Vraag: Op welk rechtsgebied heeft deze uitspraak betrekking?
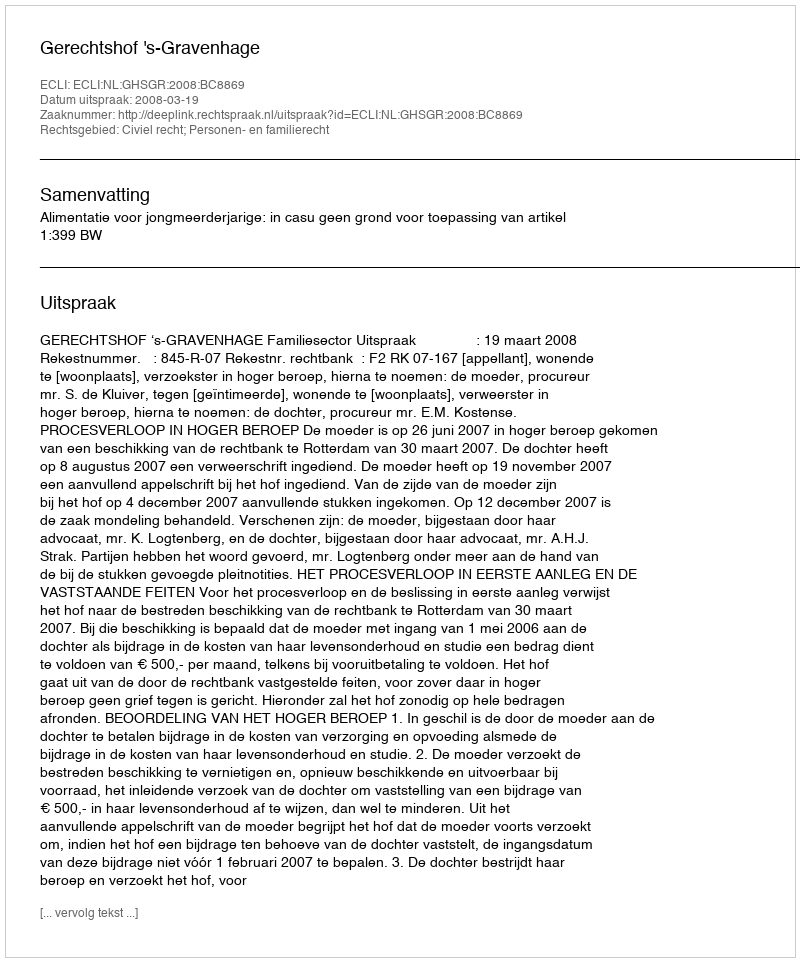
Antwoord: Civiel recht; Personen- en familierecht